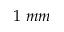
1 \ m m